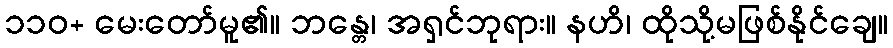
၁၁၀+ မေးတော်မူ၏။ ဘန္တေ၊ အရှင်ဘုရား။ နဟိ၊ ထိုသို့မဖြစ်နိုင်ချေ။